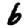
Digit: 6